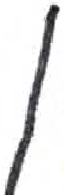
אות: ן